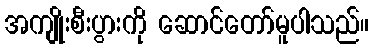
အကျိုးစီးပွားကို ဆောင်တော်မူပါသည်။